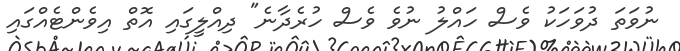
ނުވަތަ ދުވަހަކު ވެސް ހައްލު ނުވެ ވެސް ހުރެދާނެ" ދިއްލީގައި އޮތް އިވެންޓެއްގައި